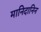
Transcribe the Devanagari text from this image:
मानिदानिन